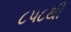
૮૫૮થી